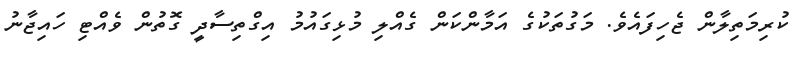
ކުރިމަތިލާން ޖެހިފައެވެ. މަގުތަކުގެ އަމާންކަން ގެއްލި މުޅިގައުމު އިގްތިސާދީ ގޮތުން ވެއްޓި ހައިޖާނު